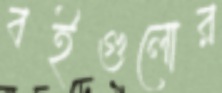
বইগুলোর